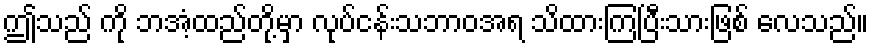
ဤသည် ကို ဘအံ့ထည်တို့မှာ လုပ်ငန်းသဘာဝအရ သိထားကြပြီးသားဖြစ် လေသည်။